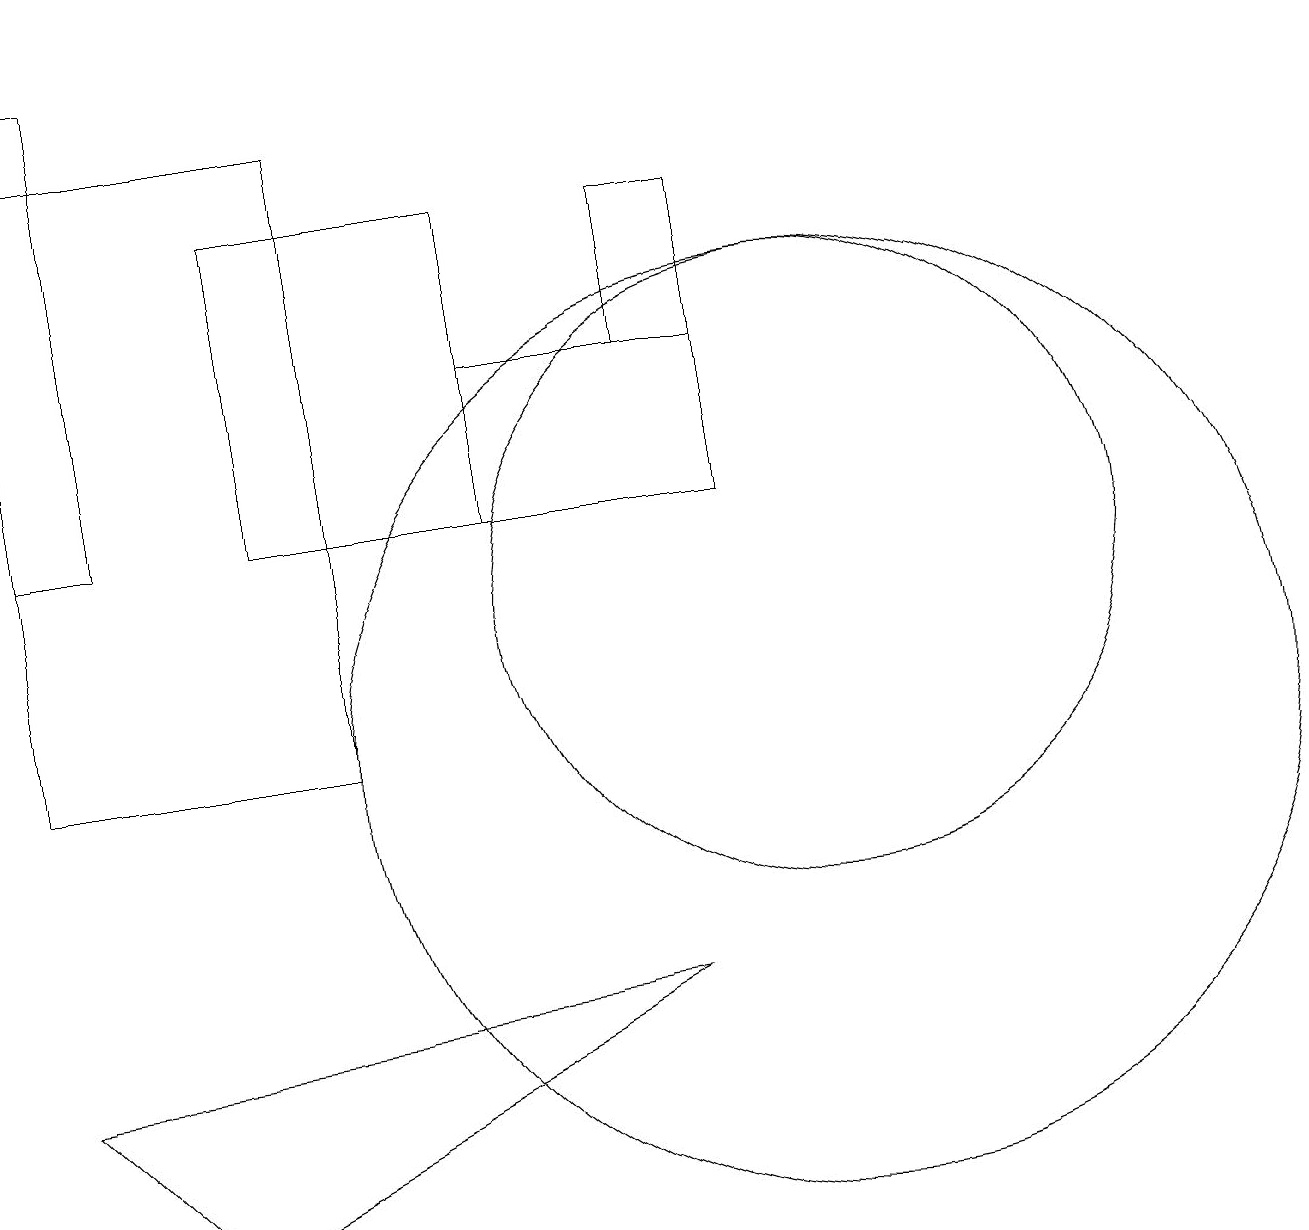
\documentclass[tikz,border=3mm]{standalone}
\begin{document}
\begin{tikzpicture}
\draw (8,17) rectangle (9,15);
\draw (10,10) circle (6);
\draw (8,7) -- (0,6) -- (2,4) -- cycle;
\draw (0,10) rectangle (4,18);
\draw (0,19) rectangle (1,13);
\draw (3,13) rectangle (6,17);
\draw (10,12) circle (4);
\draw (9,13) rectangle (6,15);
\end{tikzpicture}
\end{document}